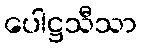
ပေါဋ္ဌသီသာ